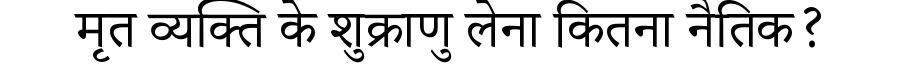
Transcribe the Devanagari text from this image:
मृत व्यक्ति के शुक्राणु लेना कितना नैतिक?